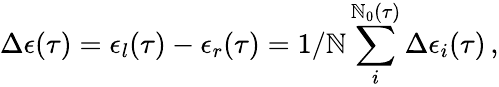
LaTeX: \Delta\epsilon(\tau)=\epsilon_{l}(\tau)-\epsilon_{r}(\tau)=1/\mathbb{N}\sum_{i}^{\mathbb{N}_{0}(\tau)}\Delta\epsilon_{i}(\tau)\, ,